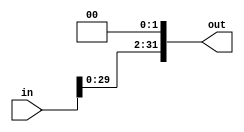
module shiftLeftTwice #(
    parameter WIDTHOut = 32,
    parameter WIDTHIn  = 32
) (
    output wire [WIDTHOut-1:0] out, 
    input  wire [WIDTHIn-1:0] in
);

assign out = in << 2; 
    
endmodule